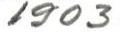
1903